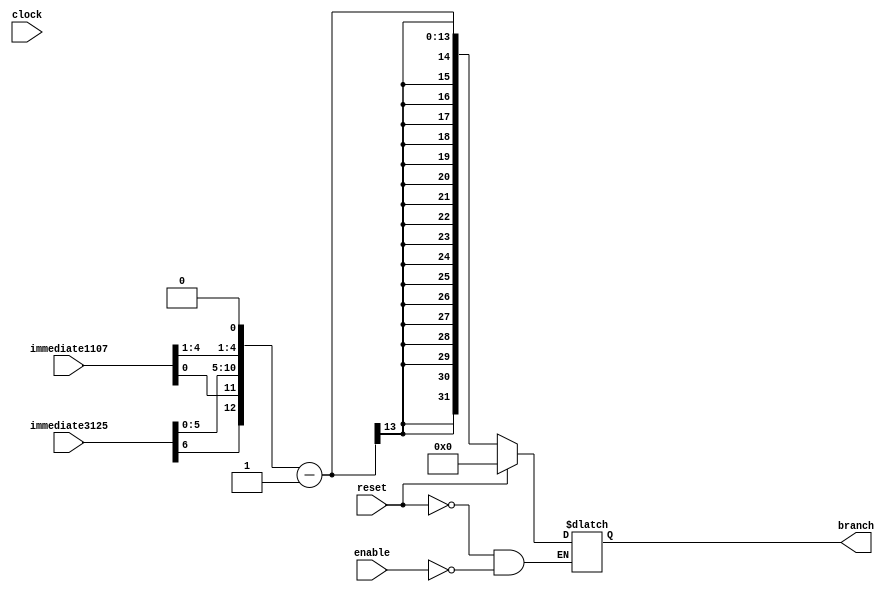
module BranchAddress (
    input clock, reset, enable,
    input [4:0]immediate1107,
	 input [6:0]immediate3125,
    output reg [31:0] branch
    );
    
always @*
    begin
        if(reset)
            branch <= 32'b0;
        else
            if(enable)
                branch <= {19'h0,immediate3125[6],immediate1107[0],immediate3125[5:0],immediate1107[4:1],1'b0} - 1'b1;
            else
                branch <= branch;
    end

endmodule